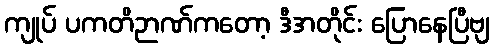
ကျုပ် ပကတိဉာဏ်ကတော့ ဒီအတိုင်း ပြောနေပြီဗျ